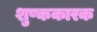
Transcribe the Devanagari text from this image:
शुष्ककारक